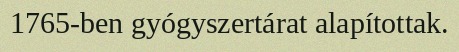
1765-ben gyógyszertárat alapítottak.